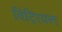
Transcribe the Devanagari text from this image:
विट्रियल